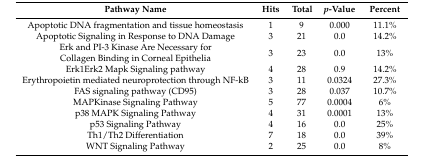
| Pathway Name | Hits | Total | p-Value | Percent |
 | --- | --- | --- | --- | --- |
 | Apoptotic DNA fragmentation and tissue homeostasis | 1 | 9 | 0.000 | 11.1% |
 | Apoptotic Signaling in Response to DNA Damage | 3 | 21 | 0.0 | 14.2% |
 | Erk and PI-3 Kinase Are Necessary for Collagen Binding in Corneal Epithelia | 3 | 23 | 0.0 | 13% |
 | Erk1Erk2 Mapk Signaling pathway | 4 | 28 | 0.9 | 14.2% |
 | Erythropoietin mediated neuroprotection through NF-kB | 3 | 11 | 0.0324 | 27.3% |
 | FAS signaling pathway (CD95) | 3 | 28 | 0.037 | 10.7% |
 | MAPKinase Signaling Pathway | 5 | 77 | 0.0004 | 6% |
 | p38 MAPK Signaling Pathway | 4 | 31 | 0.0001 | 13% |
 | p53 Signaling Pathway | 4 | 16 | 0.0 | 25% |
 | Th1/Th2 Differentiation | 7 | 18 | 0.0 | 39% |
 | WNT Signaling Pathway | 2 | 25 | 0.0 | 8% |